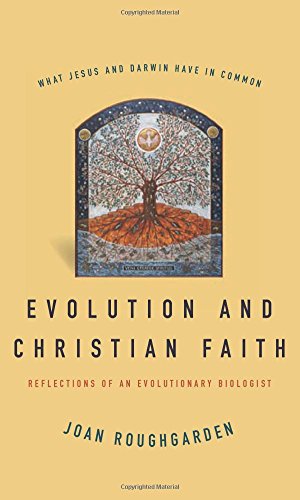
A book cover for Evolution and Christian Faith: Reflections of an Evolutionary Biologist; Joan Roughgarden; Christian Books & Bibles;